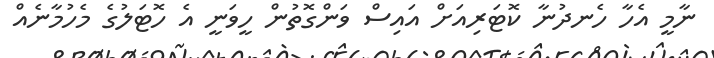
ނާމީ އެހާ ހެނދުނާ ކޮޓަރިއަށް އައިސް ވަންގޮތުން ހީވަނީ އެ ހޮޓަލުގެ މެހުމާނެއް